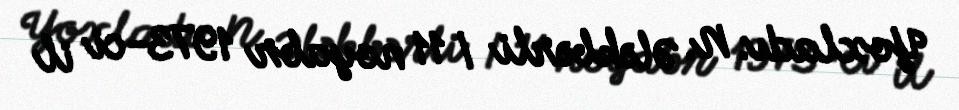
Yoxladı: N. Ələkbərli / 11 noyabr 1973-ci il